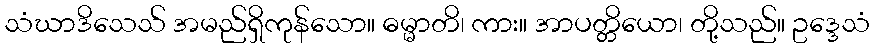
သံဃာဒိသေသ် အမည်ရှိကုန်သော။ ဓမ္မာတိ၊ ကား။ အာပတ္တိယော၊ တို့သည်။ ဥဒ္ဒေသံ